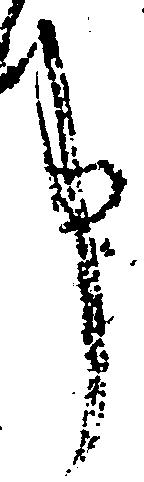
申